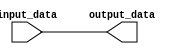
module Generate_Parameterized_Module #(parameter SIZE = 8) (
    input [SIZE-1:0] input_data,
    output reg [SIZE-1:0] output_data
);

always @ (input_data) begin
    // Behavioral blocks for specific functions or operations
    // based on input parameters
    // Add your specific operations here
    
    output_data = input_data; // Example operation
end

endmodule